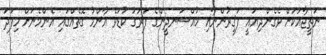
ނަތީޖާއަކަށް ވެގެންދިޔައީ ފަޤީރުންނާއި މުއްސަނދީންގެ ފަރަގު ކުޑަވެ އާންމު ގޮތެއްގައި އެންމެނަށް މިފަދަ